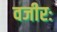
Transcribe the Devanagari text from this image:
वजीरः